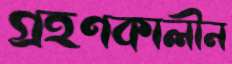
গ্রহণকালীন